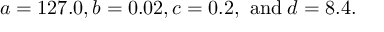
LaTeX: a = 1 2 7 . 0 , b = 0 . 0 2 , c = 0 . 2 , \mathrm { ~ a n d } \; d = 8 . 4 .